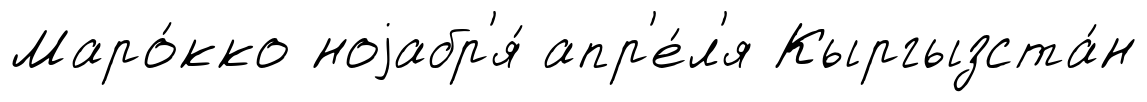
Маро́кко ноjабр'я́ апр'е́л'я Кыргызста́н